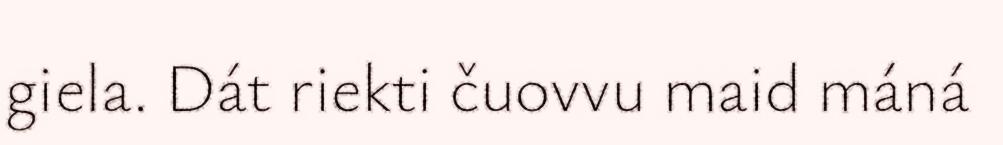
giela. Dát riekti čuovvu maid máná